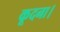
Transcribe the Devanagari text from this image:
कूदना।